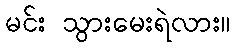
မင်း သွားမေးရဲလား။